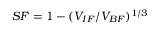
S F = 1 - ( V _ { I F } / V _ { B F } ) ^ { 1 / 3 }